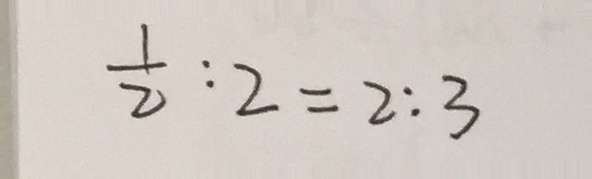
\frac { 1 } { 2 } : 2 = 2 : 3